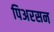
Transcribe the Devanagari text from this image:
पिअरसन